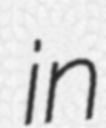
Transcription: in